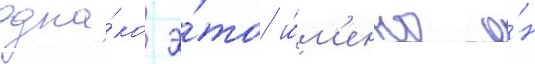
одна́ко э́то и́м'енно о́н